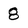
Character: 8